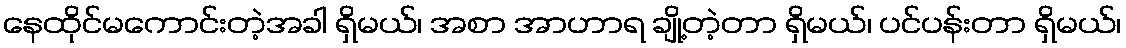
နေထိုင်မကောင်းတဲ့အခါ ရှိမယ်၊ အစာ အာဟာရ ချို့တဲ့တာ ရှိမယ်၊ ပင်ပန်းတာ ရှိမယ်၊